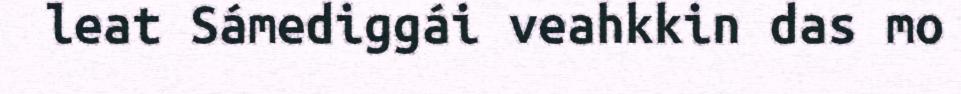
leat Sámediggái veahkkin das mo